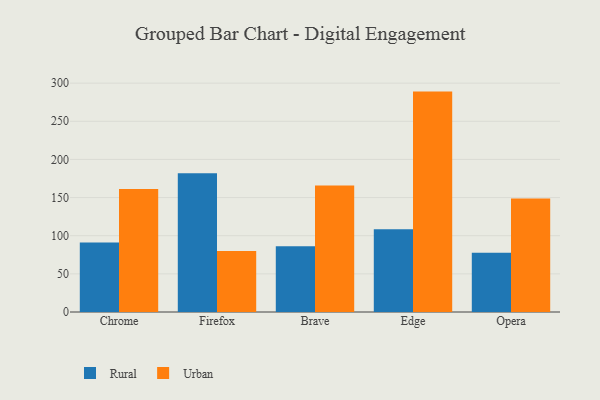
{"axis": {"x": "Browser", "y": "Gross Profit (USD K)"}, "legend": ["Rural", "Urban"], "data": [{"x": "Chrome", "y": 91.0, "type": "Rural"}, {"x": "Chrome", "y": 161.2, "type": "Urban"}, {"x": "Firefox", "y": 181.8, "type": "Rural"}, {"x": "Firefox", "y": 80.0, "type": "Urban"}, {"x": "Brave", "y": 86.1, "type": "Rural"}, {"x": "Brave", "y": 165.9, "type": "Urban"}, {"x": "Edge", "y": 108.4, "type": "Rural"}, {"x": "Edge", "y": 288.9, "type": "Urban"}, {"x": "Opera", "y": 77.8, "type": "Rural"}, {"x": "Opera", "y": 148.8, "type": "Urban"}]}